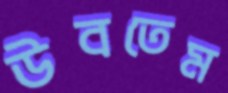
উবতেম